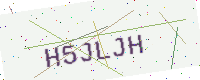
Text: H5JLJH